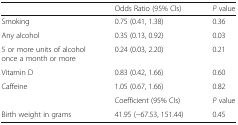
<table><thead><tr><td></td><td><b>Odds Ratio (95% CIs)</b></td><td><b><i>P</i> value</b></td></tr></thead><tbody><tr><td>Smoking</td><td>0.75 (0.41, 1.38)</td><td>0.36</td></tr><tr><td>Any alcohol</td><td>0.35 (0.13, 0.92)</td><td>0.03</td></tr><tr><td>5 or more units of alcohol once a month or more</td><td>0.24 (0.03, 2.20)</td><td>0.21</td></tr><tr><td>Vitamin D</td><td>0.83 (0.42, 1.66)</td><td>0.60</td></tr><tr><td>Caffeine</td><td>1.05 (0.67, 1.66)</td><td>0.82</td></tr><tr><td></td><td>Coefficient (95% CIs)</td><td><i>P</i> value</td></tr><tr><td>Birth weight in grams</td><td>41.95 (−67.53, 151.44)</td><td>0.45</td></tr></tbody></table>